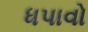
ધપાવો